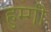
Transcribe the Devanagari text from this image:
हुम्गी